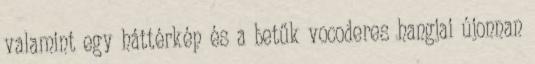
valamint egy háttérkép és a betűk vocoderes hangjai újonnan